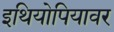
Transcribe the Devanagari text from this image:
इथियोपियावर